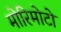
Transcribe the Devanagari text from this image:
मोरिमोटो